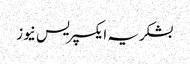
بشکریہ ایکسپریس نیوز